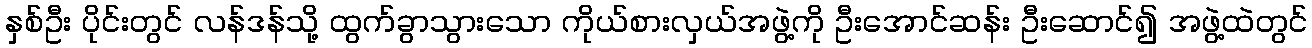
နှစ်ဦး ပိုင်းတွင် လန်ဒန်သို့ ထွက်ခွာသွားသော ကိုယ်စားလှယ်အဖွဲ့ကို ဦးအောင်ဆန်း ဦးဆောင်၍ အဖွဲ့ထဲတွင်